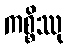
ကစ္စိဿု